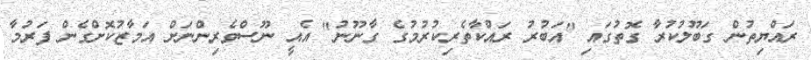
ރައްޔިތުން ގަބޫލުކުރާ ގޮތުގައި "އަބުރު ރައްކާތެރިކުރުމުގެ ގާނޫނު" އެއީ ނޫސްވެރިންނަށް އަމާޒުކޮށްގެން ފަރުމާ